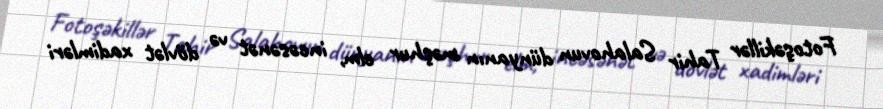
Fotoşəkillər Tahir Salahovun dünyanın məşhur elm, incəsənət və dövlət xadimləri